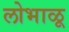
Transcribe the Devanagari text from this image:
लोभाळू